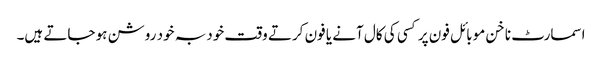
اسمارٹ ناخن موبائل فون پر کسی کی کال آنے یا فون کرتے وقت خود بہ خود روشن ہو جاتے ہیں۔